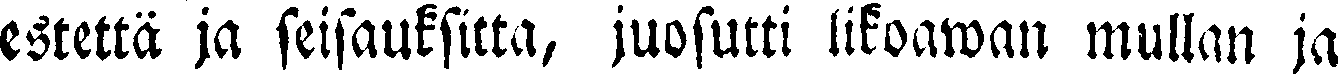
estettä ja seisauksitta, juosutti likoawan mullan ja